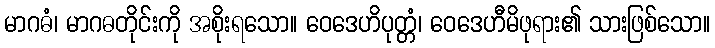
မာဂဓံ၊ မာဂဓတိုင်းကို အစိုးရသော။ ဝေဒေဟိပုတ္တံ၊ ဝေဒေဟီမိဖုရား၏ သားဖြစ်သော။